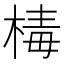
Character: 𣕬